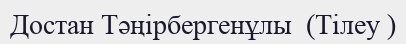
Достан Тәңірбергенұлы  (Тілеу )